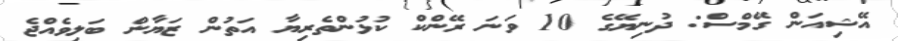
އޭޝިއަން ގޭމްސް: ދުނިޔޭގެ 10 ވަަނަ ރޭންކް ކުޅުންތެރިޔާ އަތުން ޒަޔާން ބަލިވެއްޖެ